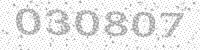
Solution: 030807